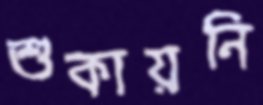
শুকায়নি